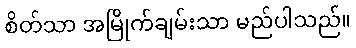
စိတ်သာ အမြိုက်ချမ်းသာ မည်ပါသည်။